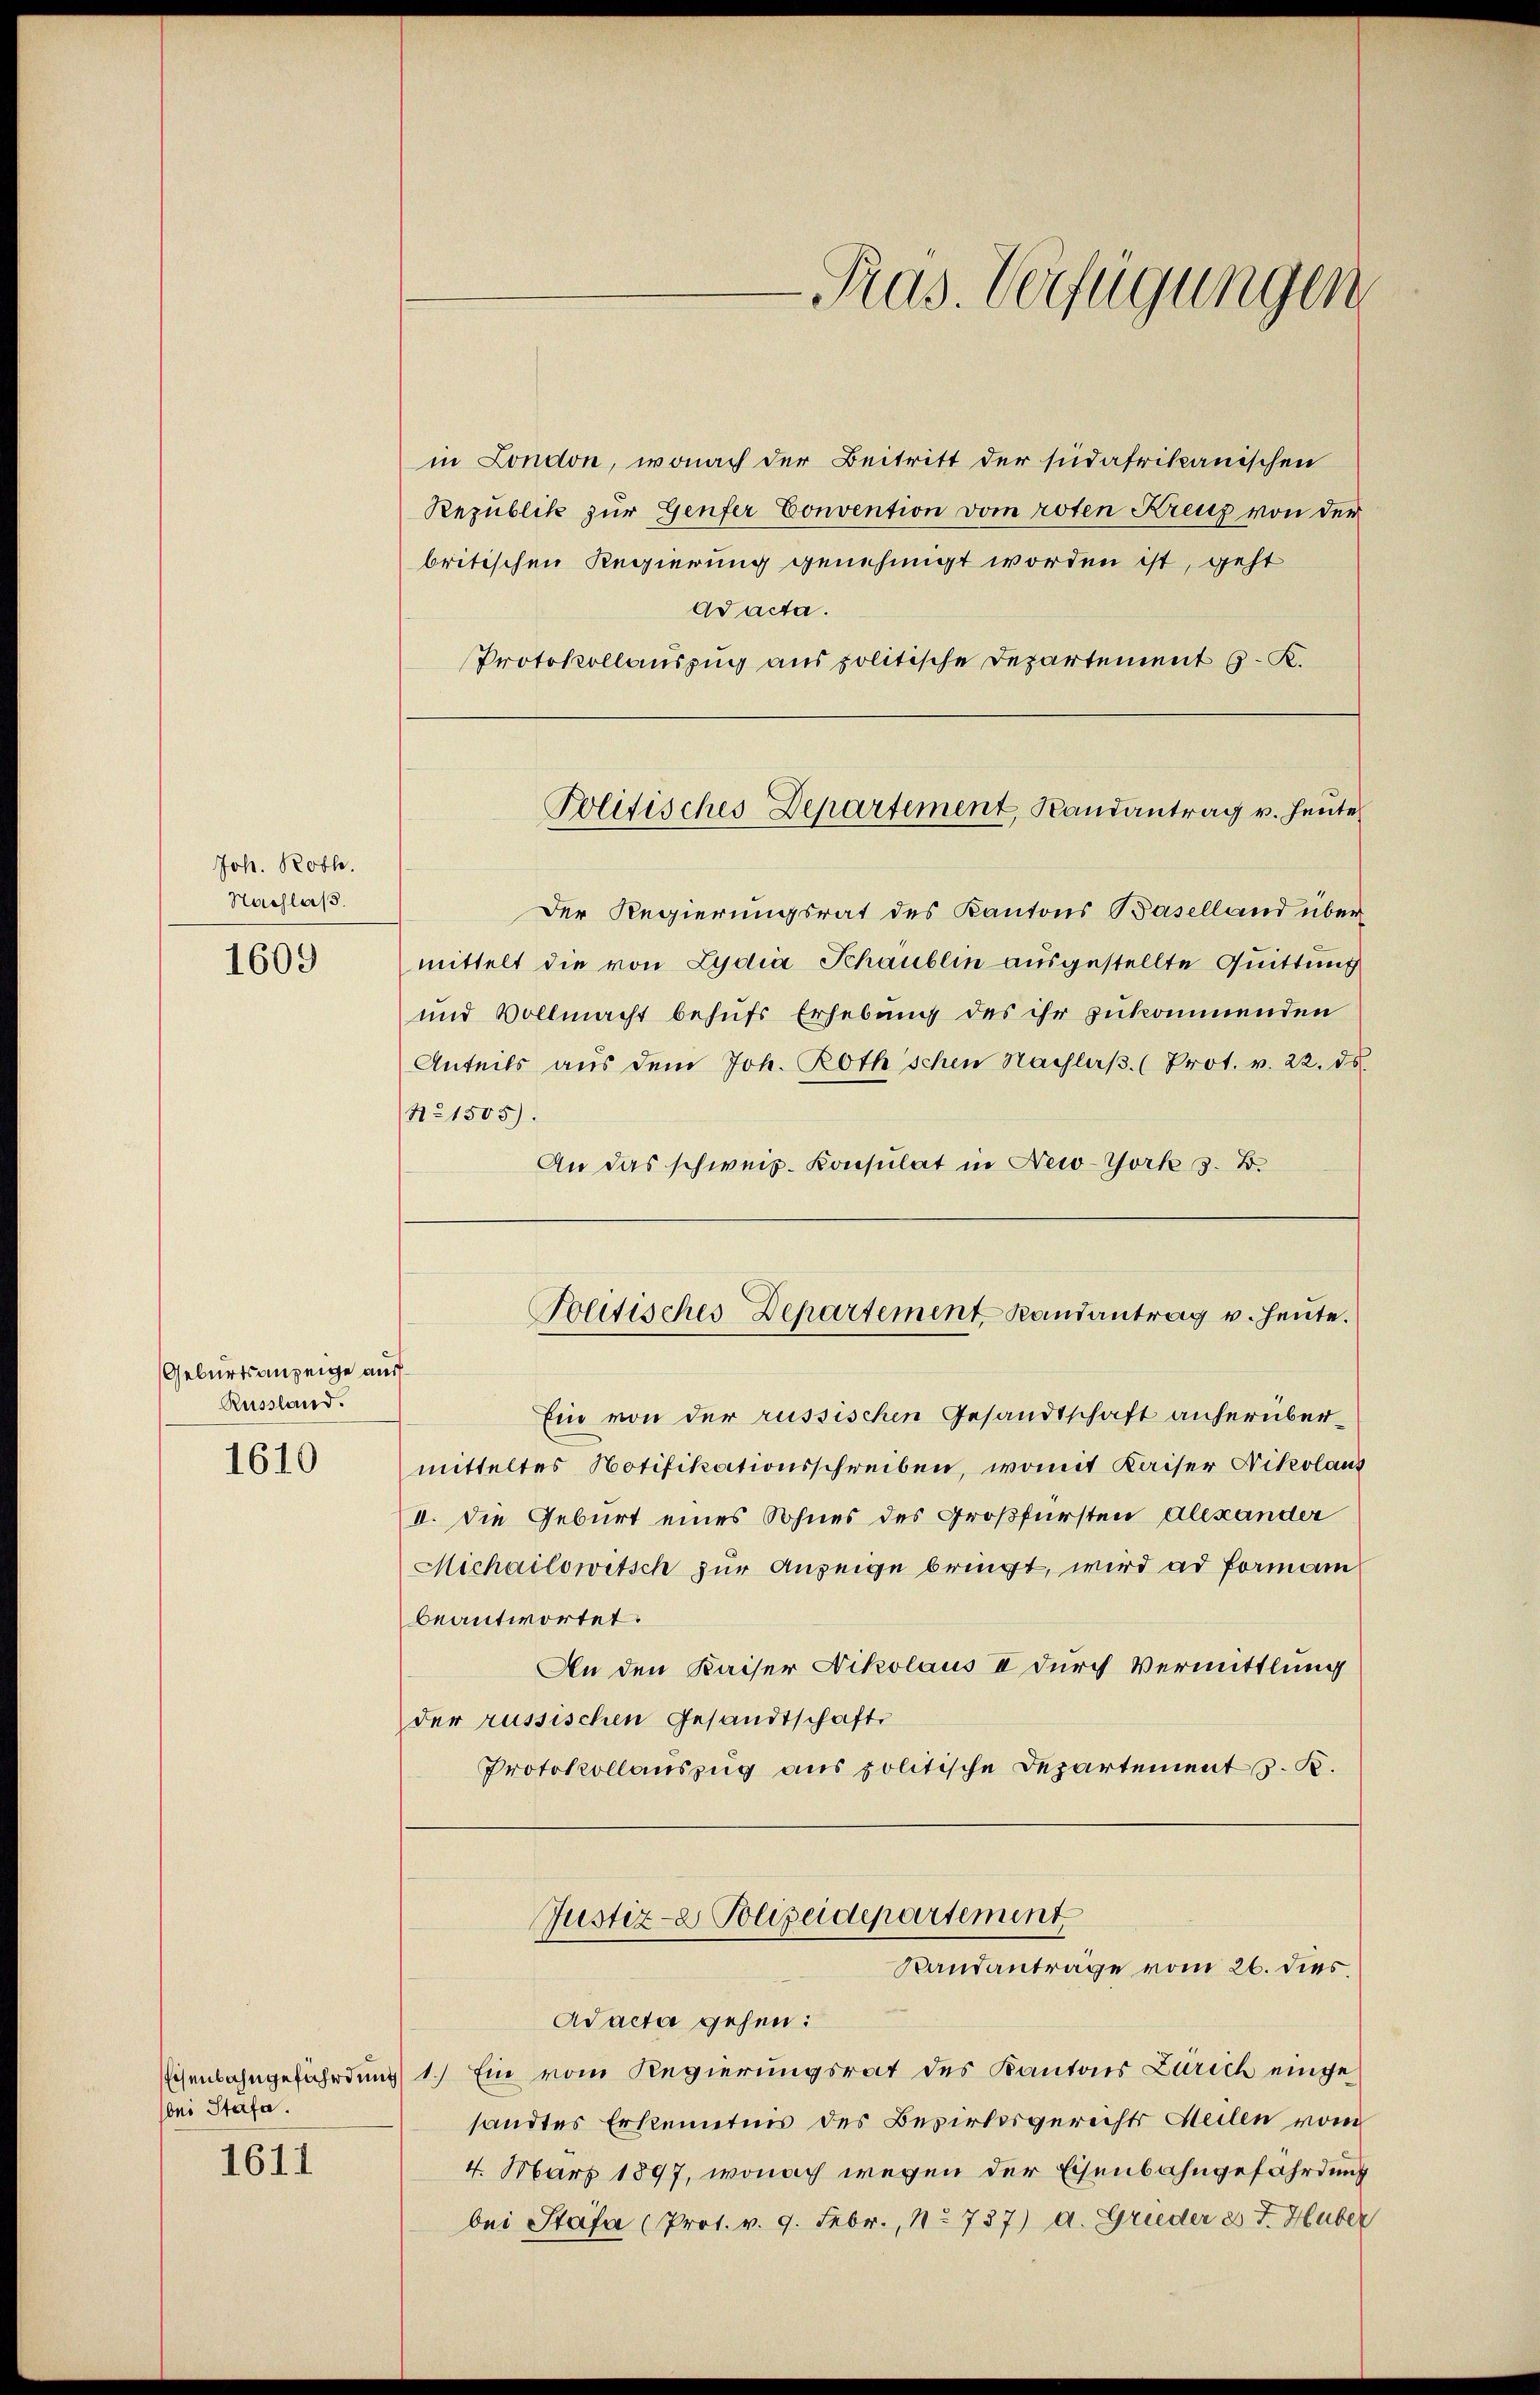
Joh. Roth.
Nachlaß.

1609

Geburtsanzeige aus
Russland.

1610

bei Stäfa.
1611

in London, wonach der Beitritt der südafrikanischen
Republik zur Genfer Convention vom roten Kreuz von der
britischen Regierung genehmigt worden ist, geht
ad acta.
Protokollauszug aus politische Departement J. K.

Der Regierungsrat des Kantons Baselland über
mittelt die von Lydia Schaublin ausgestellte Quittung
und Vollmacht behufs Erhebung des ihr zukommenden
Anteils aŭs dem Joh. Roth schen Nachlaβ. (Prot. v. 22. ds.
N° 1505).
An das schweiz. Konsulat in New-York s. B.

Ein von der russischen Gesandtschaft anherübermitteltes Notifikationsschreiben, womit Kaiser Nikolaus
II. Die Geburt eines Sohnes des Großfürsten Alexander
Michailowitsch zur Anzeige bringt, wird ad Forman
beantwortet.
An den Kaiser Nikolaus II durch Vermittlung
der russischen Gesandtschaft
Protokollauszug aus politische Departements. K.

-Präs. Verfügungen

Politisches Departement, Randantrag v. Heute

Politisches Departement, Randantrag u. heute.

Justiz- & Polizeidepartement
Randanträge vom 26. dies

Aacta gehen:
Eisenbahngefährdung 1.) Ein vom Regierungsrat des Kantons Zürich einge
sandtes Erkenntnis des Bezirksgerichts Meilen vom
4. März 1897, wonach wegen der Eisenbahngefährdung
bei Stäfa (Prot. v. 9. Febr., 11. 737) a. Grieder 2 J. Huber